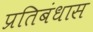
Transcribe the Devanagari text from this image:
प्रतिबंधास